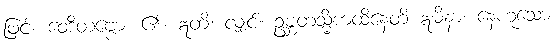
ဖြင့်။ ဝေဒိတဗ္ဗော၊ ၏။ ဣတိ၊ လျှင်။ ဥဗ္ဘတသ္မိံကထိနေတိ ဣမိနာ၊ နေဟူသော